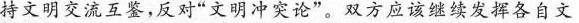
持文明交流互鉴，反对”文明冲突论”。双方应该继续发挥各自文